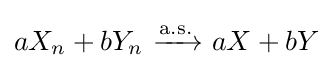
aX_{n}+bY_{n}\ {\xrightarrow {\overset {}{\text{a.s.}}}}\ aX+bY